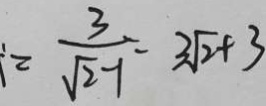
= \frac { 3 } { \sqrt { 2 } - 1 } = 3 \sqrt { 2 } + 3